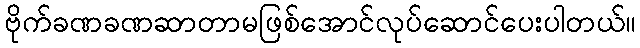
ဗိုက်ခဏခဏဆာတာမဖြစ်အောင်လုပ်ဆောင်ပေးပါတယ်။